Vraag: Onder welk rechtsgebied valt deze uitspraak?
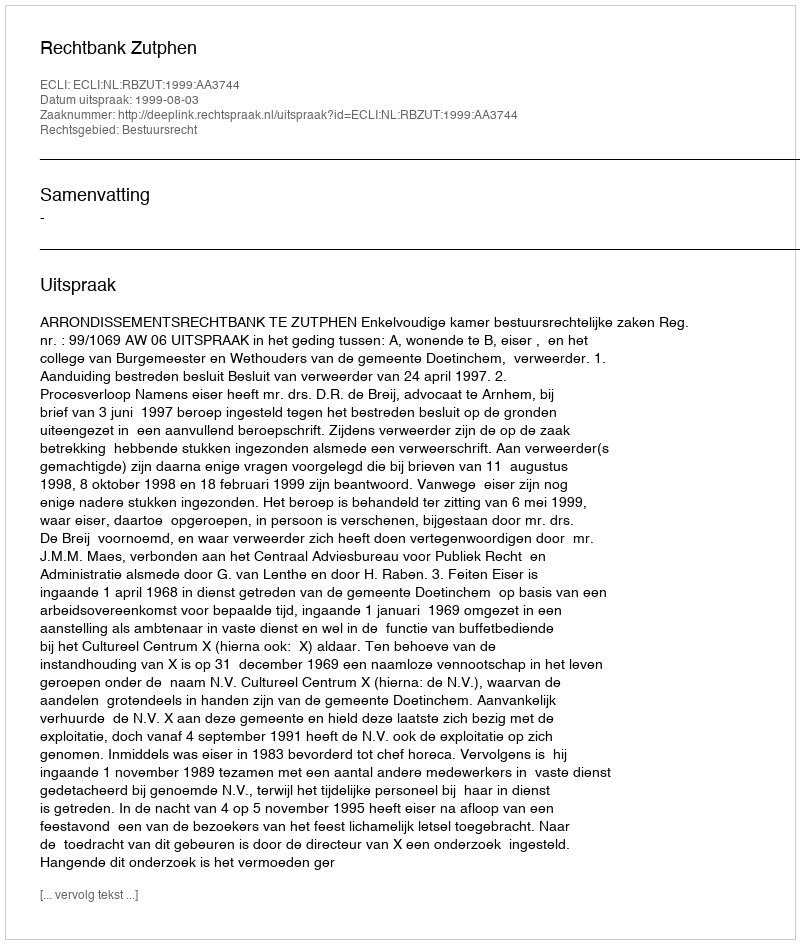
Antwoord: Bestuursrecht